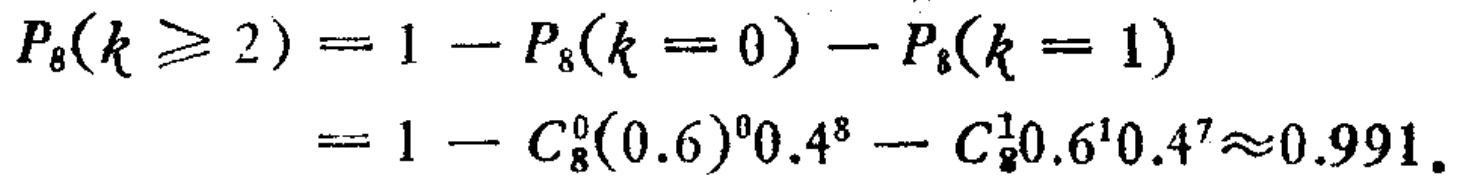
\[

\begin{align*}

P_{8}(k\geq 2)&=1 - P_{8}(k = 0)-P_{8}(k = 1)\\

&=1 - C_{8}^{0}(0.6)^{0}0.4^{8}-C_{8}^{1}0.6^{1}0.4^{7}\approx0.991.

\end{align*}

\]